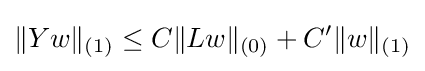
\|Yw\|_{(1)}\leq C\|Lw\|_{(0)}+C^{\prime }\|w\|_{(1)}